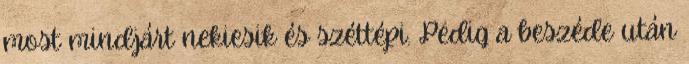
most mindjárt nekiesik és széttépi. Pedig a beszéde után